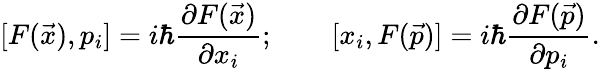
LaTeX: [F({\vec{x}}),p_{i}]=i\hbar{\frac{\partial F({\vec{x}})}{\partial x_{i}}};\qquad[x_{i},F({\vec{p}})]=i\hbar{\frac{\partial F({\vec{p}})}{\partial p_{i}}}.